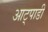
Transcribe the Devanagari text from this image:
आट्पाडी